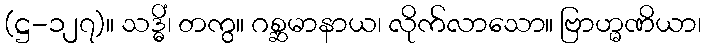
(ဋ္ဌ-၁၂၇)။ သဒ္ဓိံ၊ တကွ။ ဂစ္ဆမာနာယ၊ လိုက်လာသော။ ဗြာဟ္မဏိယာ၊